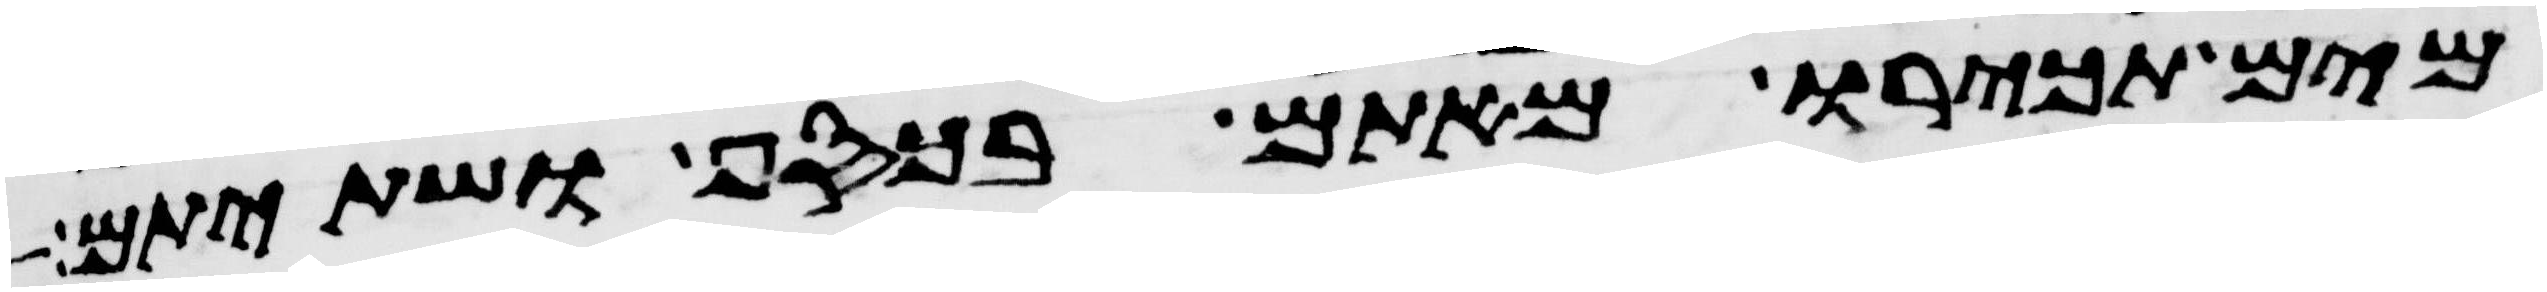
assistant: מים תכירו מאתם בכסף ושתיתם